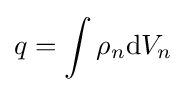
q=\int \rho _{n}\mathrm {d} V_{n}